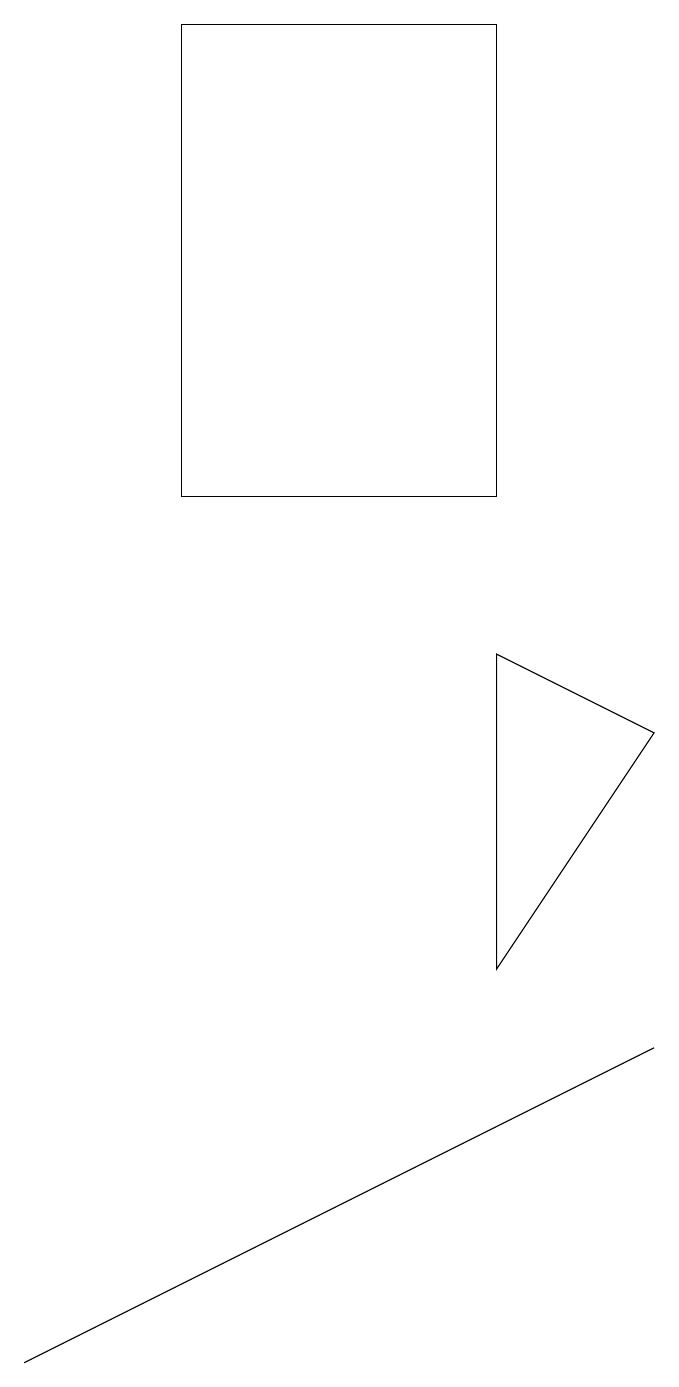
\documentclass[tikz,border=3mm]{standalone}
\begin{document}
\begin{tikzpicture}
\draw (7,17) rectangle (3,11);
\draw (5,2) -- (9,4) -- (1,0) -- cycle;
\draw (7,5) -- (9,8) -- (7,9) -- cycle;
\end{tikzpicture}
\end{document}